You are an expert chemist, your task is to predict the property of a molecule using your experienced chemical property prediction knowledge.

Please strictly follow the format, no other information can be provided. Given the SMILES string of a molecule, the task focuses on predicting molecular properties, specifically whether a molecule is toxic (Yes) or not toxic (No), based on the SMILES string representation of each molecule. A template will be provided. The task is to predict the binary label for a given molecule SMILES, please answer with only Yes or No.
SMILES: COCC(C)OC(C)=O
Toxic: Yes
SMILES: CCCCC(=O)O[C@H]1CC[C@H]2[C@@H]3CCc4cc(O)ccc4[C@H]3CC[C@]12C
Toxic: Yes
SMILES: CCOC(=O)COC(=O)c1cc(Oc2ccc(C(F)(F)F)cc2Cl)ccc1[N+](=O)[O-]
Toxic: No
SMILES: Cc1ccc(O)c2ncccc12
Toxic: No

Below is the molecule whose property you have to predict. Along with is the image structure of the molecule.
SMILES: COc1cc2c(cc1OC)[C@@H](c1ccccc1)CN(C)CC2
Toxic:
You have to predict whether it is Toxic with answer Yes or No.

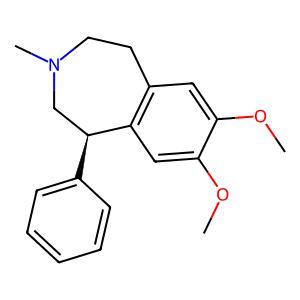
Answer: No